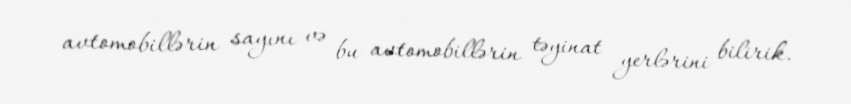
avtomobillərin sayını və bu avtomobillərin təyinat yerlərini bilirik.